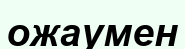
ожаумен